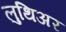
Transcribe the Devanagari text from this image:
लुथिअर